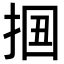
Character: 𢬻